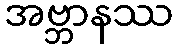
အဗ္ဘာနဿ